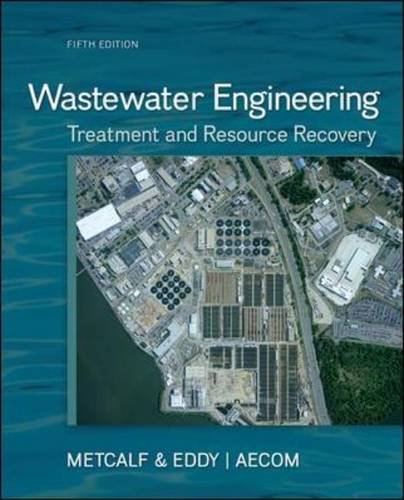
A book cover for Wastewater Engineering: Treatment and Resource Recovery; Inc. Metcalf & Eddy; Engineering & Transportation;